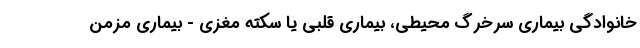
خانوادگی بیماری سرخرگ محیطی، بیماری قلبی یا سکته مغزی - بیماری مزمن